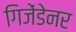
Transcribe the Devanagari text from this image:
गिजेंडेनर